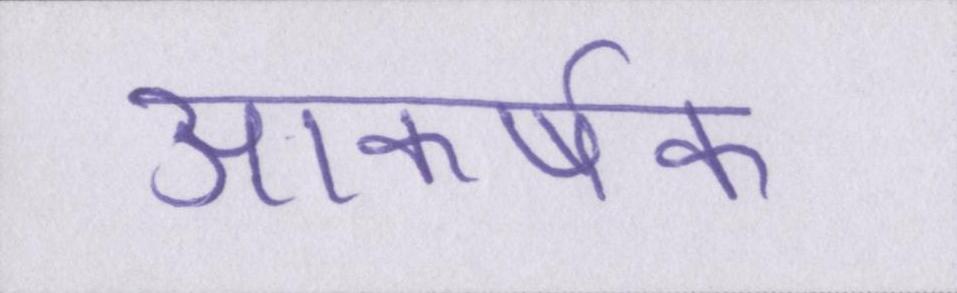
आकर्षक